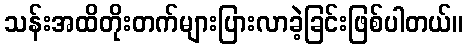
သန်းအထိတိုးတက်များပြားလာခဲ့ခြင်းဖြစ်ပါတယ်။